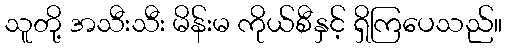
သူတို့ အသီးသီး မိန်းမ ကိုယ်စီနှင့် ရှိကြပေသည်။